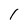
Character: 1